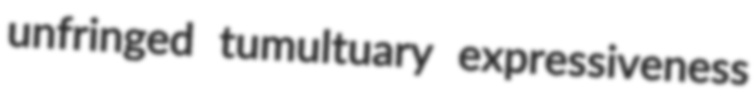
unfringed tumultuary expressiveness